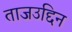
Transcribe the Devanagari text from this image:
ताजउद्दिन